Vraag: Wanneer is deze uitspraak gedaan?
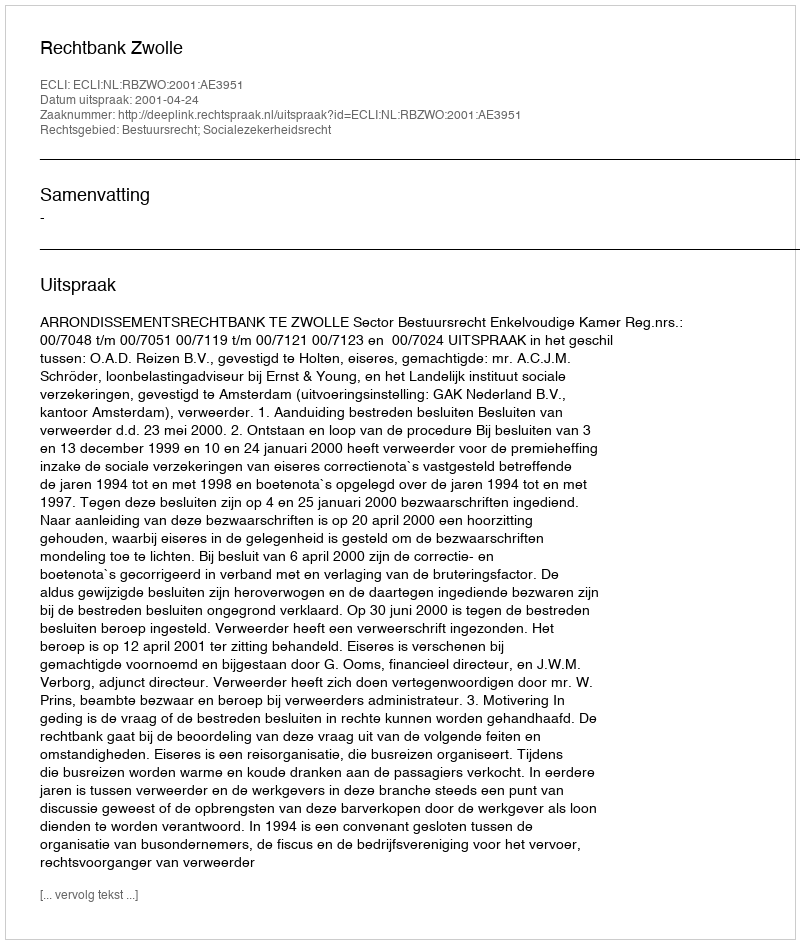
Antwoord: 2001-04-24